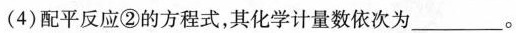
(4)配平反应②的方程式，其化学计量数依次为_______。